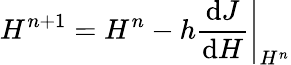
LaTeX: H^{n+1}=H^{n}-h\left.\frac{\mathrm{d}J}{\mathrm{d}H}\right|_{H^{n}}